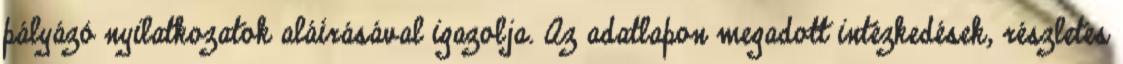
pályázó nyilatkozatok aláírásával igazolja. Az adatlapon megadott intézkedések, részletes